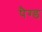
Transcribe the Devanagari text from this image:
पैग्ड